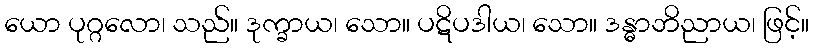
ယော ပုဂ္ဂလော၊ သည်။ ဒုက္ခာယ၊ သော။ ပဋိပဒါယ၊ သော။ ဒန္ဓာဘိညာယ၊ ဖြင့်။